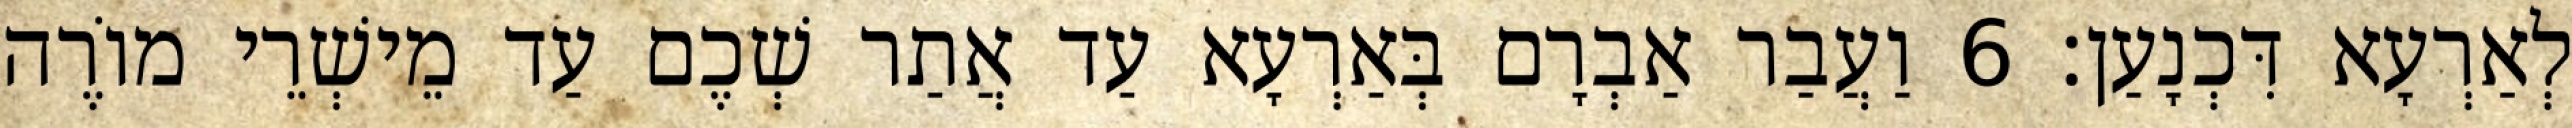
לְאַרְעָא דִּכְנָעַן׃ 6 וַעֲבַר אַבְרָם בְּאַרְעָא עַד אֲתַר שְׁכֶם עַד מֵישְׁרֵי מוֹרֶה